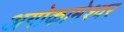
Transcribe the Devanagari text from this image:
अगोकामेश्वर